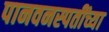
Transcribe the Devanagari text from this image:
पानवनस्पतींच्या